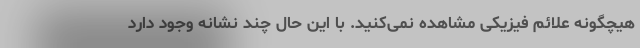
هیچگونه علائم فیزیکی مشاهده نمی‌کنید. با این حال چند نشانه وجود دارد